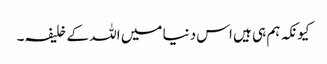
کیونکہ ہم ہی ہیں اس دنیا میں اللہ کے خلیفہ۔